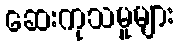
ဆေးကုသမှုများ